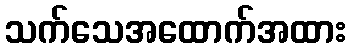
သက်သေအထောက်အထား